Plague in India, 1896, 1897 - Volume 2
Year: 1896
Disease focus: Plague
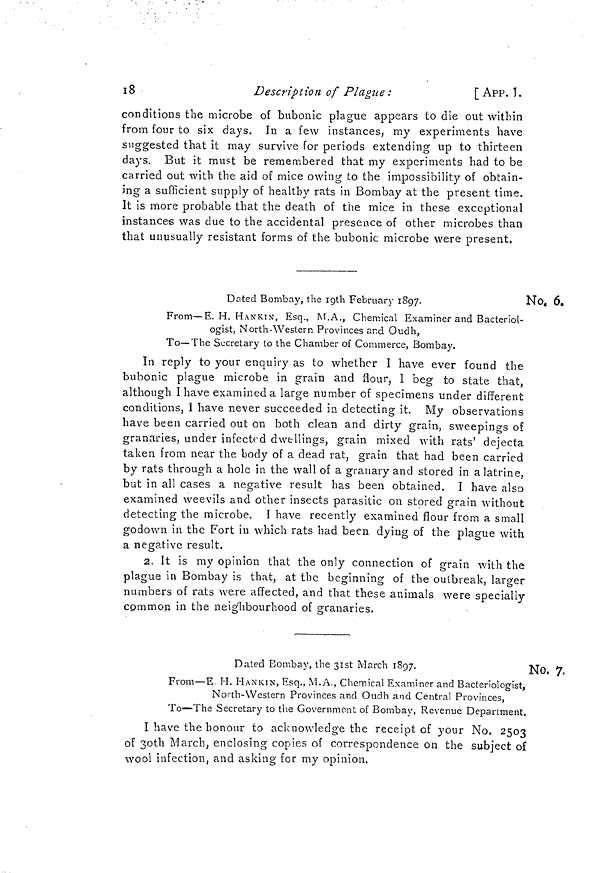
18
Description of Plague :
[ APP. I.
conditions the microbe of bubonic plague appears to die out within
from four to six days. In a few instances, my experiments have
suggested that it may survive for periods extending up to thirteen
days. But it must be remembered that my experiments had to be
ing a sufficient supply of healthy rats in Bombay at the present tim
carried out with the aid of mice owing to the impossibility of obtaine.
It is more probable that the death of the mice in these exceptional
instances was due to the accidental presence of other microbes than
that unusually resistant forms of the bubonic microbe were present.
No. 6.
Dated Bombay, the 19th February 1897.
From—E. H. HANKIN, Esq., M.A., Chemical Examiner and Bacteriol-
ogist, North-Western Provinces and Oudh,
To—-The Secretary to the Chamber of Commerce, Bombay.
In reply to your enquiry as to whether I have ever found the
bubonic plague microbe in grain and flour, I beg to state that,
although I have examined a large number of specimens under different
conditions, Í have never succeeded in detecting it. My observations
have been carried out on both clean and dirty grain, sweepings of
granaries, under infected dwellings, grain mixed with rats' dejecta
taken from near the body of a dead rat, grain that had been carried
by rats through a hole in the wall of a granary and stored in a latrine,
but in all cases a negative result has been obtained. I have also
examined weevils and other insects parasitic on stored grain without
detecting the microbe. I have recently examined flour from a small
godown in the Fort in which rats had been dying of the plague with
a negative result.
2, It is my opinion that the only connection of grain with the
plague in Bombay is that, at the beginning of the outbreak, larger
numbers of rats were affected, and that these animals were specially
common in the neighbourhood of granaries.
No. 7.
Dated Bombay, the 31st March 1897.
From—E M. HANKIN, Esq., M. A., Chemical Examiner and Bacteriologist,
North-Western Provinces and Oudh and Central Provinces,
To—The Secretary to the Government of Bombay, Revenue Department.
I have the honour to acknowledge the receipt of your No. 2503
of 3oth March, enclosing copies of correspondence on the subject of
wool infection, and asking for my opinion,